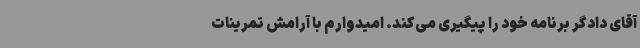
آقای دادگر برنامه خود را پیگیری می‌کند. امیدوارم با آرامش تمرینات